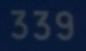
339